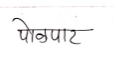
मजकूर: पोळपाट